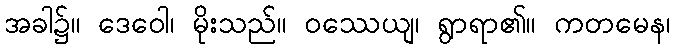
အခါ၌။ ဒေဝေါ၊ မိုးသည်။ ဝဿေယျ၊ ရွာရာ၏။ ကတမေန၊